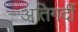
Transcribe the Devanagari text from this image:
अतिगर्दी